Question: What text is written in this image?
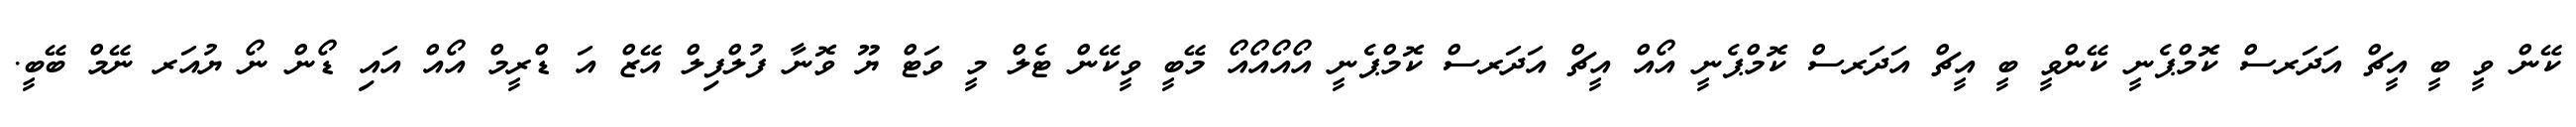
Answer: ކޭން ވީ ބީ އީޗް އަދަރސް ކޮމްޕެނީ ކޭންވީ ބީ އީޗް އަދަރސް ކޮމްޕެނީ އޯއް އީޗް އަދަރސް ކޮމްޕެނީ އޯއޯއޯއޯ މޭބީ ވީކޭން ޓެލް މީ ވަޓް ޔޫ ވޮނާ ފުލްފިލް އޭޒް އަ ޑްރީމް އޯއް އައި ޑޯން ނޯ ޔުއަރ ނޭމް ބޭބީ.